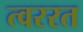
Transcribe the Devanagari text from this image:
त्वररत